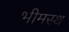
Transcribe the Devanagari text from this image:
भीमस्थ